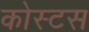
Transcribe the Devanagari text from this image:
कोस्टस